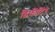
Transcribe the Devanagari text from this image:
डिफ़ीटिंग